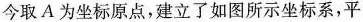
今取A为坐标原点，建立了如图所示坐标系，平